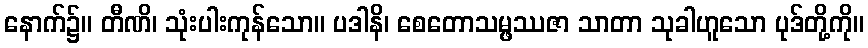
နောက်၌။ တီဏိ၊ သုံးပါးကုန်သော။ ပဒါနိ၊ စေတောသမ္ဖဿဇာ သာတာ သုခါဟူသော ပုဒ်တို့ကို။